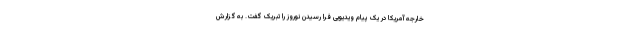
خارجه آمریکا در یک پیام ویدیویی فرا رسیدن نوروز را تبریک گفت. به گزارش